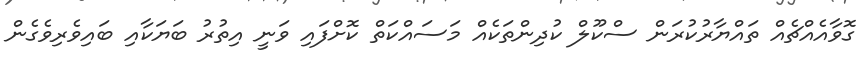
ގޮވާއެއްޗެއް ތައްޔާރުކުރަން ސްކޫލް ކުދިންތަކެއް މަސައްކަތް ކޮށްފައި ވަނީ އިތުރު ބަޔަކާއި ބައިވެރިވެގެން